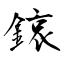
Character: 鎄